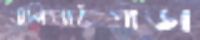
বালিঘাটপাড়া